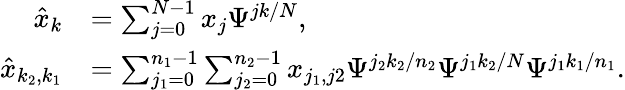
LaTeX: \begin{array}{rl}{\hat{x}_{k}}&{=\sum_{j=0}^{N-1}x_{j}\Psi^{jk/N},}\\ {\hat{x}_{k_{2},k_{1}}}&{=\sum_{j_{1}=0}^{n_{1}-1}\sum_{j_{2}=0}^{n_{2}-1}x_{j_{1},j2}\Psi^{j_{2}k_{2}/n_{2}}\Psi^{j_{1}k_{2}/N}\Psi^{j_{1}k_{1}/n_{1}}.}\end{array}